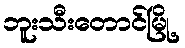
ဘူးသီးတောင်မြို့